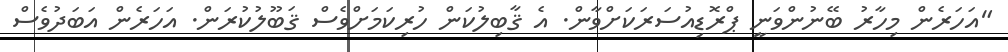
"އަހަރެން މިހާރު ބޭނުންވަނީ ޕްރޮޑިއުސަރަކަށްވާން. އެ ޤާބިލުކަން ހުރިކަމަށްވެސް ޤަބޫލުކުރަން. އަހަރެން އަބަދުވެސް